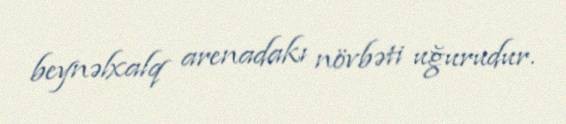
beynəlxalq arenadakı növbəti uğurudur.